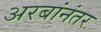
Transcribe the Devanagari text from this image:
अरबांनंतर